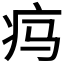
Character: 𬏜